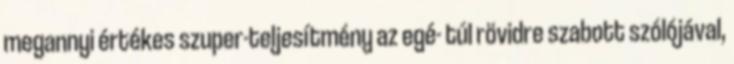
megannyi értékes szuper-teljesítmény az egé- túl rövidre szabott szólójával,